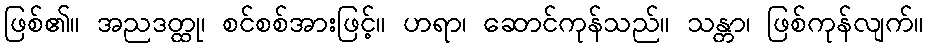
ဖြစ်၏။ အညဒတ္ထု၊ စင်စစ်အားဖြင့်။ ဟရာ၊ ဆောင်ကုန်သည်။ သန္တာ၊ ဖြစ်ကုန်လျက်။